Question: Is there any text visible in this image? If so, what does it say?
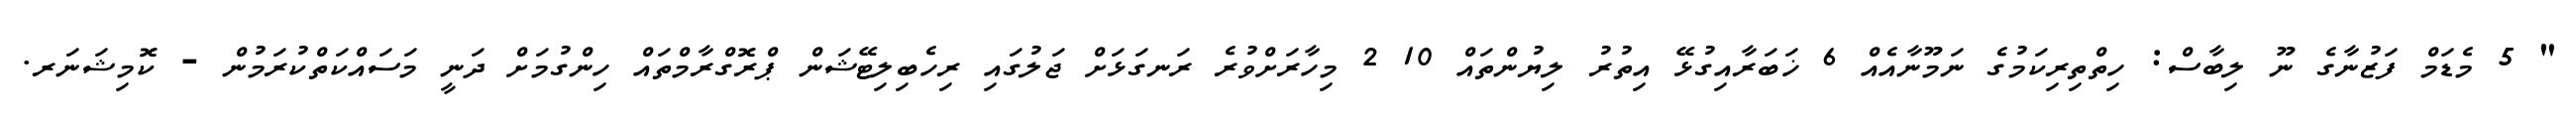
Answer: " 5 މެޑަމް ފަޒުނާގެ ނޫ ލިބާސް: ހިތްތިރިކަމުގެ ނަމޫނާއެއް 6 ޚަބަރާއިގުޅޭ އިތުރު ލިޔުންތައް 10 2 މިހާރަށްވުރެ ރަނގަޅަށް ޖަލުގައި ރިހެބިލިޓޭޝަން ޕްރޮގްރާމްތައް ހިންގުމަށް ދަނީ މަސައްކަތްކުރަމުން - ކޮމިޝަނަރ.